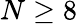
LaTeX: N\geq 8